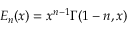
E _ { n } ( x ) = x ^ { n - 1 } \Gamma ( 1 - n , x )